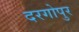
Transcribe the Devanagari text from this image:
दरगोपुर